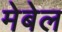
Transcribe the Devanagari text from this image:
मेबेल